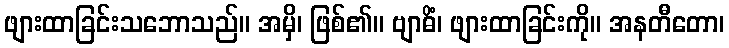
ဖျားထာခြင်းသဘောသည်။ အမှိ၊ ဖြစ်၏။ ဗျာဓိံ၊ ဖျားထာခြင်းကို။ အနတီတော၊